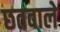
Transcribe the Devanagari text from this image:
छतवाले